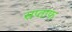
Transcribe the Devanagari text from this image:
सप्ताफ